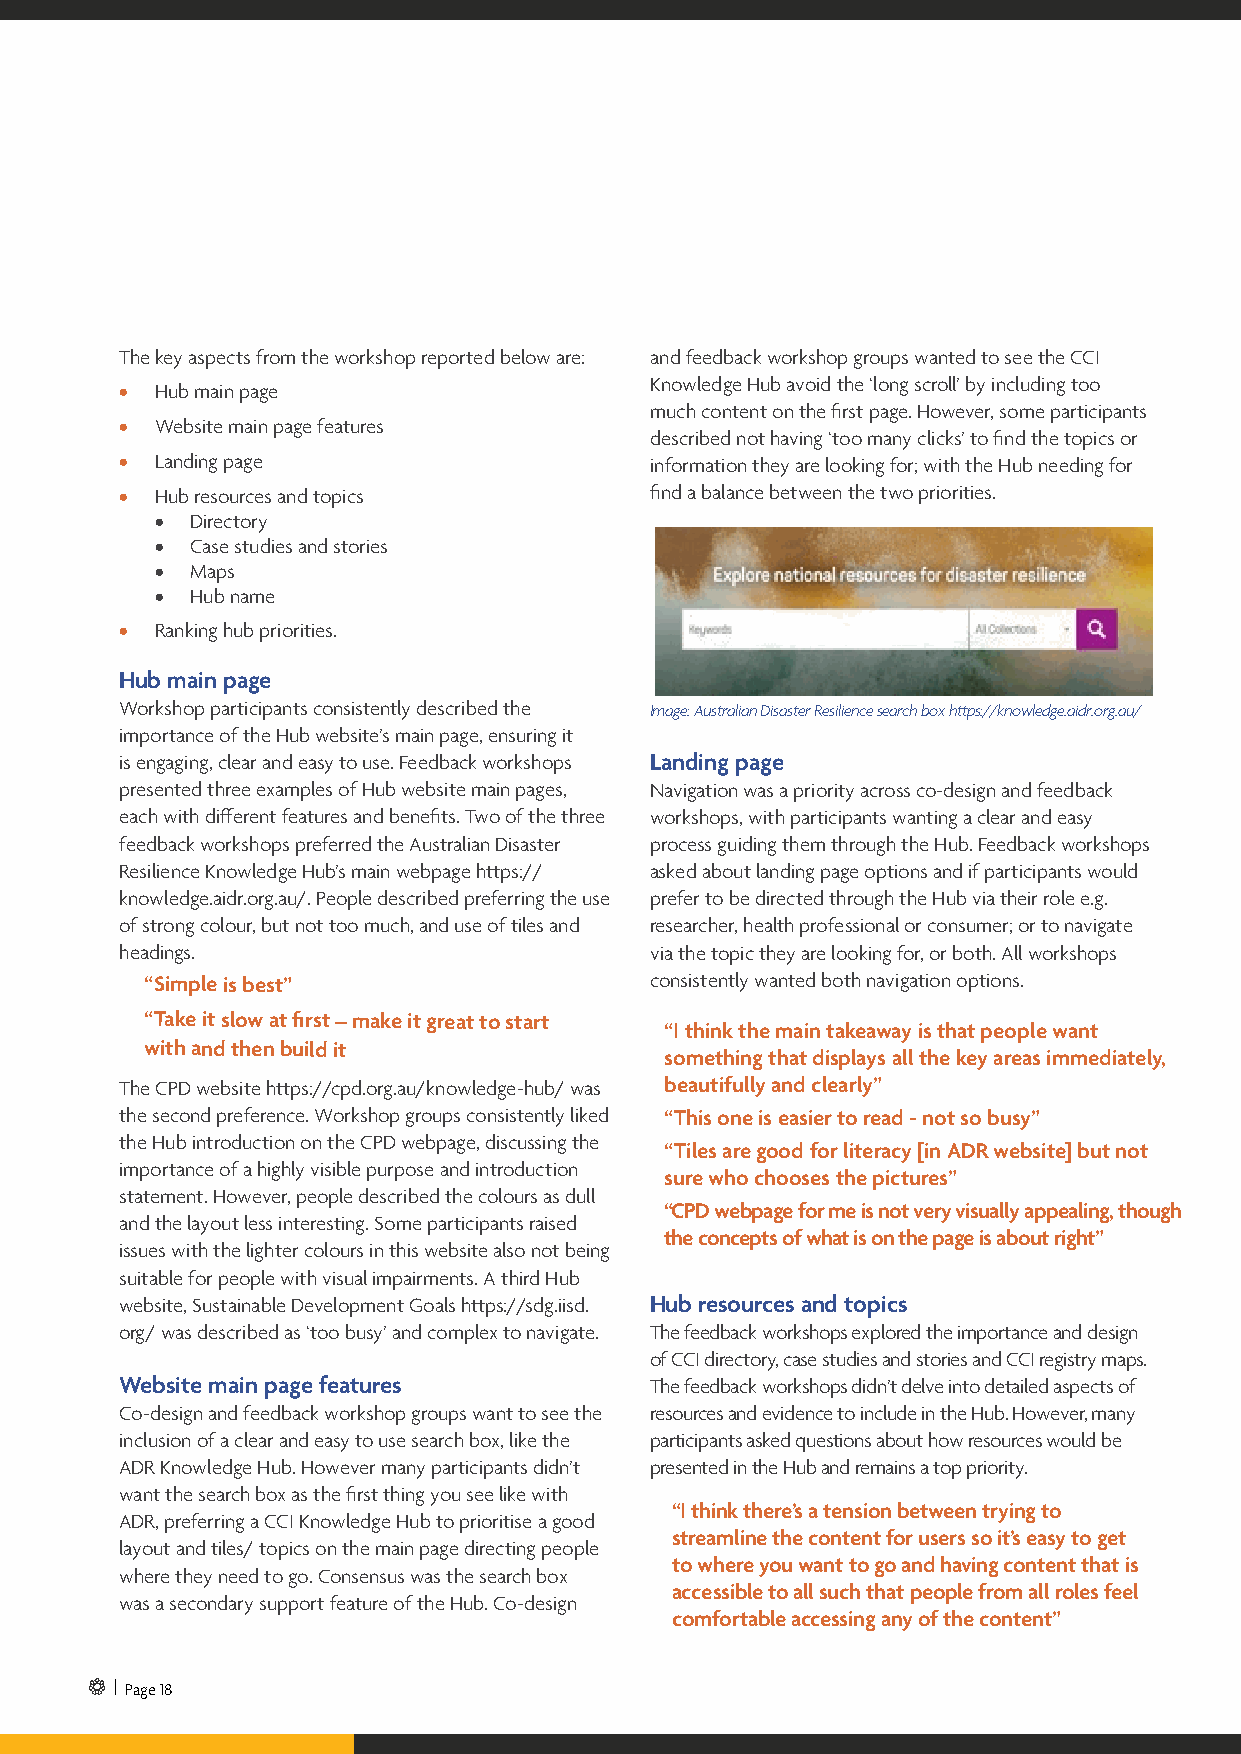
The key aspects from the workshop reported below are: and feedback workshop groups wanted to see the CCI
 Knowledge Hub avoid the ‘long scroll’ by including too
 • Hub main page
 much content on the first page. However, some participants
 • Website main page features
 described not having ‘too many clicks’ to find the topics or
 • Landing page                     information they are looking for; with the Hub needing for
 • Hub resources and topics         find a balance between the two priorities.
 •  Directory
 •  Case studies and stories
 •  Maps
 •  Hub name
 • Ranking hub priorities.
 Hub main page
 Workshop participants consistently described the Image: Australian Disaster Resilience search box https://knowledge.aidr.org.au/
 importance of the Hub website’s main page, ensuring it
 is engaging, clear and easy to use. Feedback workshops Landing page
 presented three examples of Hub website main pages, Navigation was a priority across co-design and feedback
 each with different features and benefits. Two of the three workshops, with participants wanting a clear and easy
 feedback workshops preferred the Australian Disaster process guiding them through the Hub. Feedback workshops
 Resilience Knowledge Hub’s main webpage https:// asked about landing page options and if participants would
 knowledge.aidr.org.au/. People described preferring the use prefer to be directed through the Hub via their role e.g.
 of strong colour, but not too much, and use of tiles and researcher, health professional or consumer; or to navigate
 headings.                          via the topic they are looking for, or both. All workshops
 “Simple is best”                 consistently wanted both navigation options.
 “Take it slow at first – make it great to start
 “I think the main takeaway is that people want
 with and then build it
 something that displays all the key areas immediately,
 The CPD website https://cpd.org.au/knowledge-hub/ was beautifully and clearly”
 the second preference. Workshop groups consistently liked “This one is easier to read - not so busy”
 the Hub introduction on the CPD webpage, discussing the
 “Tiles are good for literacy [in ADR website] but not
 importance of a highly visible purpose and introduction
 sure who chooses the pictures”
 statement. However, people described the colours as dull
 “CPD webpage for me is not very visually appealing, though
 and the layout less interesting. Some participants raised
 the concepts of what is on the page is about right”
 issues with the lighter colours in this website also not being
 suitable for people with visual impairments. A third Hub
 website, Sustainable Development Goals https://sdg.iisd. Hub resources and topics
 org/ was described as ‘too busy’ and complex to navigate. The feedback workshops explored the importance and design
 of CCI directory, case studies and stories and CCI registry maps.
 Website main page features         The feedback workshops didn’t delve into detailed aspects of
 Co-design and feedback workshop groups want to see the resources and evidence to include in the Hub. However, many
 inclusion of a clear and easy to use search box, like the participants asked questions about how resources would be
 ADR Knowledge Hub. However many participants didn’t presented in the Hub and remains a top priority.
 want the search box as the first thing you see like with
 “I think there’s a tension between trying to
 ADR, preferring a CCI Knowledge Hub to prioritise a good
 streamline the content for users so it’s easy to get
 layout and tiles/ topics on the main page directing people
 to where you want to go and having content that is
 where they need to go. Consensus was the search box
 accessible to all such that people from all roles feel
 was a secondary support feature of the Hub. Co-design
 comfortable accessing any of the content”
 | Page 18